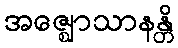
အဇ္ဈောသာနန္တိ